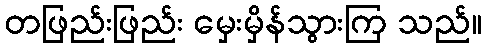
တဖြည်းဖြည်း မှေးမှိန်သွားကြ သည်။